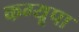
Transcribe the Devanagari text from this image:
कग्‍यूपा